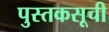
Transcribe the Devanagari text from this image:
पुस्तकसूची